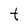
Character: t